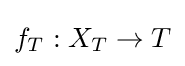
f_{T}:X_{T}\to T